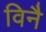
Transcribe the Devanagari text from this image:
विनै